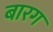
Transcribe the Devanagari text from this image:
बारग